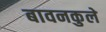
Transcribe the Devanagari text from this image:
बावनकुले